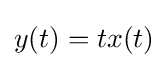
y(t)=tx(t)